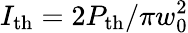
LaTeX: I_{\mathrm{th}}=2P_{\mathrm{th}}/\pi w_{0}^{2}